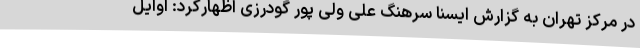
در مرکز تهران به گزارش ایسنا سرهنگ علی ولی پور گودرزی اظهارکرد: اوایل